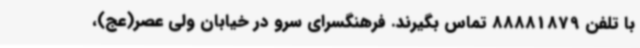
با تلفن 88881879 تماس بگیرند. فرهنگسرای سرو در خیابان ولی عصر(عج)،